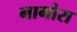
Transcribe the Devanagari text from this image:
नामोरा